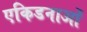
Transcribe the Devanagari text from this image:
एकिडनाओं